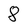
Character: 8